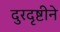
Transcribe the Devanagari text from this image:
दुरदृष्टीने